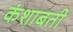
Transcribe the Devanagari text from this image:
कंशाबती